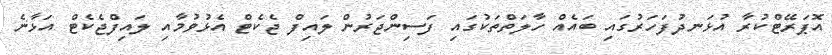
އޮޕަރޭޓްކުރާ އުޅަނދުފަހަރުގައި ބައެއް ހާލަތްތަކުގައި ފަސިންޖަރުން ލައިފް ޖެކެޓް އެޅުވުމާއި ލައިފްޖެކެޓް އަޅާނެ